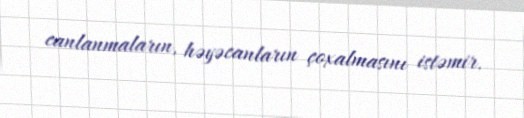
canlanmaların, həyəcanların çoxalmasını istəmir.